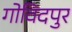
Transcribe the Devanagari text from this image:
गोविदपुर